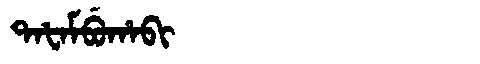
Manchu: ᡨᠠᡶᠠᠮᠪᡠᡥᠠᠪᡳ
Romanization: TAFAMBUHABI